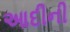
આદીની